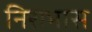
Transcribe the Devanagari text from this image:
निराभास